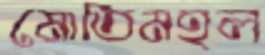
মোতিমহল